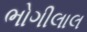
ભોગીલાલ